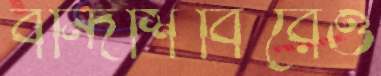
বন্দিশিবিরেও